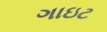
ગાઇટ